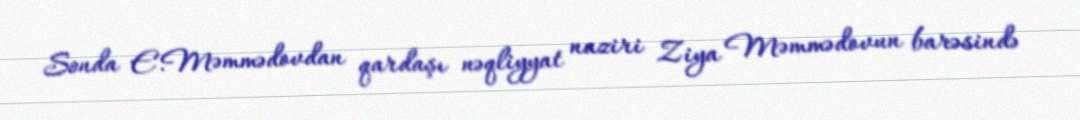
Sonda E.Məmmədovdan qardaşı nəqliyyat naziri Ziya Məmmədovun barəsində